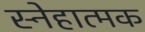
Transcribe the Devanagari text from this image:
स्नेहात्मक